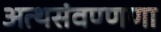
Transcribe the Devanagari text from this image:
अत्थसंवण्णणा